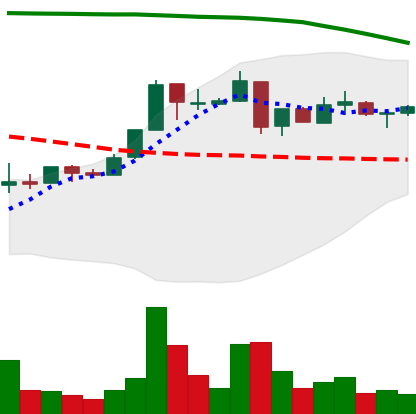
Ticker: XRP-USD
Chart end date: 2018-05-02
Forward return: -3.079%
Label: down_3_5